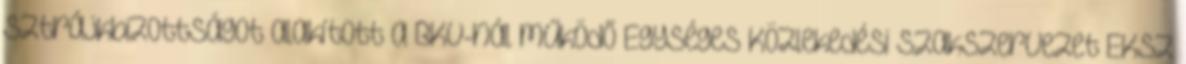
Sztrájkbizottságot alakított a BKV-nál működő Egységes Közlekedési Szakszervezet EKSZ